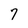
Character: 7